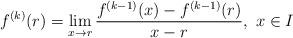
LaTeX: \begin{align*}f^{(k)}(r) = \lim_{x \rightarrow r} \frac{f^{(k-1)}(x) - f^{(k-1)}(r)}{x - r},~x \in I \end{align*}